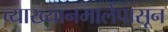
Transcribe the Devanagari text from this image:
व्याख्यानमालेपासून